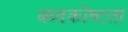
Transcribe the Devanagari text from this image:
बध्दकोष्टता